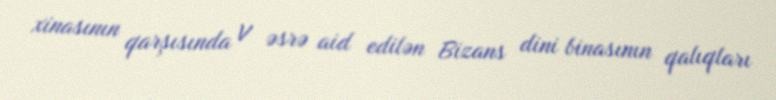
xinasının qarşısında V əsrə aid edilən Bizans dini binasının qalıqları